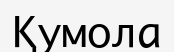
Қумола